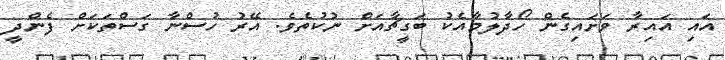
އައި އައިރާ ވަށައިގެން ހޯދާލުމާއެކު ބަގީޗާއަށް ނުކުތެވެ. އޭރު ހުސްނާ ގަސްތަކަށް ފެންދީ